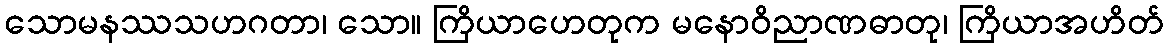
သောမနဿသဟဂတာ၊ သော။ ကြိယာဟေတုက မနောဝိညာဏဓာတု၊ ကြိယာအဟိတ်